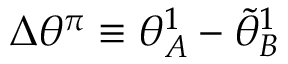
\Delta \theta ^ { \pi } \equiv { \theta } _ { A } ^ { 1 } - \tilde { \theta } _ { B } ^ { 1 }